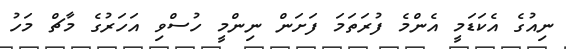
ނިއުގެ އެކަޑަމީ އެންމެ ފުރަތަމަ ފަށަން ނިންމީ ހުސްވި އަހަރުގެ މާޗް މަހު